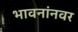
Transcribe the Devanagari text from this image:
भावनांनवर